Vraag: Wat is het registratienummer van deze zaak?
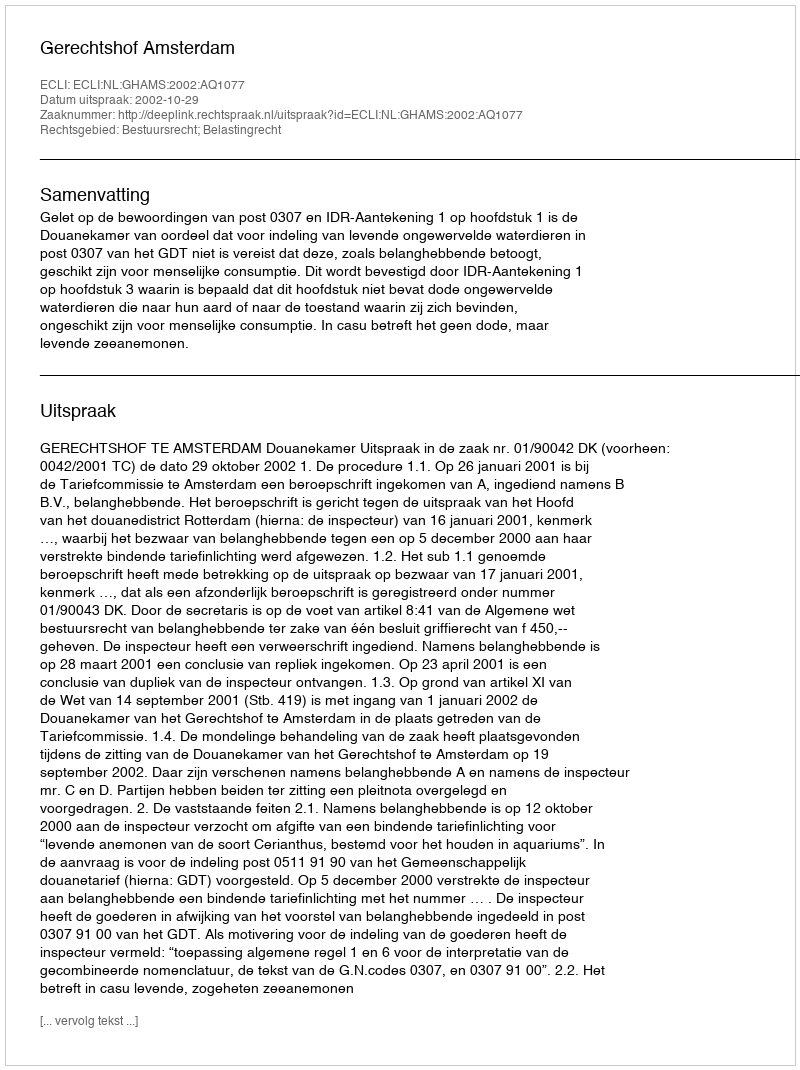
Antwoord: http://deeplink.rechtspraak.nl/uitspraak?id=ECLI:NL:GHAMS:2002:AQ1077